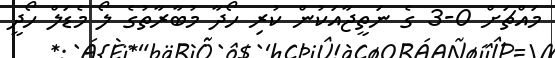
މައްޗަށް 0-3 ގެ ނަތީޖާއަކުން ކުރި ހޯދާ މުބާރާތުގެ ލޯ މެޑަލް ހޯދީ